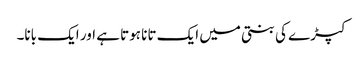
کپڑے کی بنتی میں ایک تانا ہوتا ہے اور ایک بانا۔